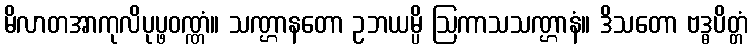
မိလာတအာကုလိပုပ္ဖဝဏ္ဏံ။ သဏ္ဌာနတော ဥဘယမ္ပိ ဩကာသသဏ္ဌာနံ။ ဒိသတော ဗဒ္ဓပိတ္တံ